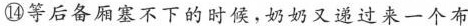
⑭等后备厢塞不下的时候，奶奶又递过来一个布